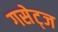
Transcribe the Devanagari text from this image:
गसेट्ज